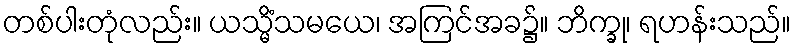
တစ်ပါးတုံလည်း။ ယသ္မိံသမယေ၊ အကြင်အခ၌။ ဘိက္ခု၊ ရဟန်းသည်။